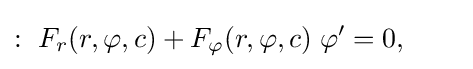
:\ F_{r}(r,\varphi ,c)+F_{\varphi }(r,\varphi ,c)\;\varphi '=0,\qquad